Vaccination Hyderabad 1872-1889 - 1872-1889
Year: 1872
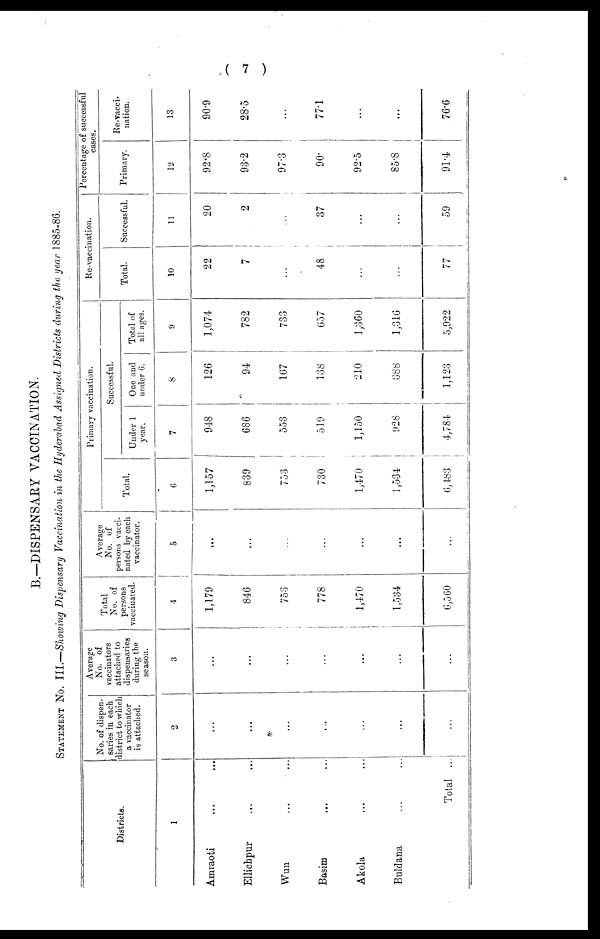
( 7 )
B.—DISPENSARY VACCINATION.
STATEMENT No. III.—Showing Dispensary Vaccination in the Hyderabad Assigned Districts during the year 1885-86.
Districts.
1
Amraoti
...
...
Ellichpur ... ...
Wun ... ...
Basim ... ...
Akola ... ...
Buldana ... ...
Total ...
No. of dispen-
saries in each
district to which
a vaccinator
is attached.
2
...
...
...
...
...
...
...
Average
No. of
vaccinators
attached to
dispensaries
during the
season.
3
...
...
...
...
...
...
...
Total
No. of
persons
vaccinated.
4
1,179
846
753
778
1,470
1,534
6,560
Average
No. of
persons vacci-
nated by each
vaccinator.
5
...
...
...
...
...
...
...
Primary vaccination.
Total.
6
1,157
839
753
730
1,470
1,534
6,483
Successful.
Under 1
year.
7
948
686
553
519
1,150
928
4,784
One and
under 6.
8
126
94
167
138
210
388
1,123
Total of
all ages.
9
1,074
782
733
657
1,360
1,316
5,922
Re-vaccination.
Total.
10
22
7
...
48
...
...
77
Successful.
11
20
2
...
37
...
...
59
Percentage of successful
cases.
Primary.
12
92.8
93.2
97.3
90.
92.5
85.8
91.4
Re-vacci-
nation.
13
90.9
28.5
...
77.1
...
...
76.6